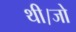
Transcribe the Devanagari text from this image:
थी।जो